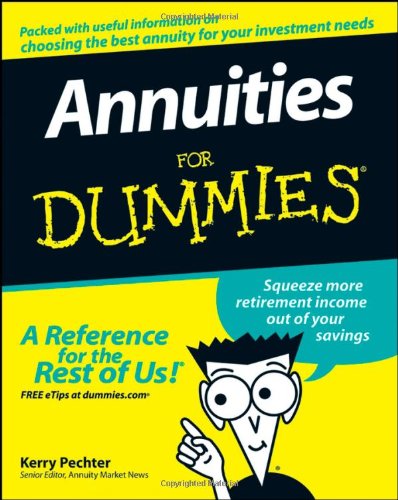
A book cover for Annuities For Dummies; Kerry Pechter; Business & Money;